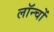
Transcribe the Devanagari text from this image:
लॉन्चों